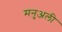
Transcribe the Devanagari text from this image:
मनुअली